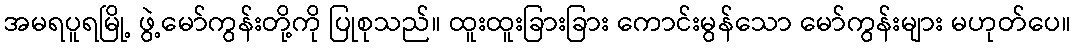
အမရပူရမြို့ ဖွဲ့မော်ကွန်းတို့ကို ပြုစုသည်။ ထူးထူးခြားခြား ကောင်းမွန်သော မော်ကွန်းများ မဟုတ်ပေ။